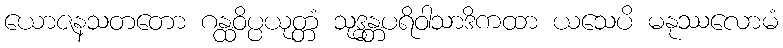
ယောဇနသတတော ဂန္ထဝိပ္ပယုတ္တံ သုဒ္ဓန္တပရိဝါသာဒိကထာ ယသေပိ မနုဿလောမံ